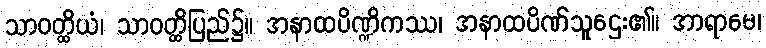
သာဝတ္ထိယံ၊ သာဝတ္ထိပြည်၌။ အနာထပိဏ္ဍိကဿ၊ အနာထပိဏ်သူဌေး၏။ အာရာမေ၊